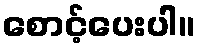
စောင့်ပေးပါ။